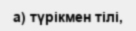
а) түрікмен тілі,